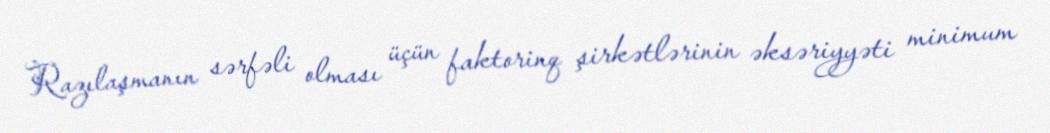
Razılaşmanın sərfəli olması üçün faktorinq şirkətlərinin əksəriyyəti minimum